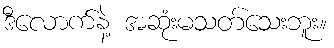
ဒီလောက်နဲ့ အဆုံးမသတ်သေးဘူး။